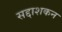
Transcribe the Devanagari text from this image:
सद्दाशकन